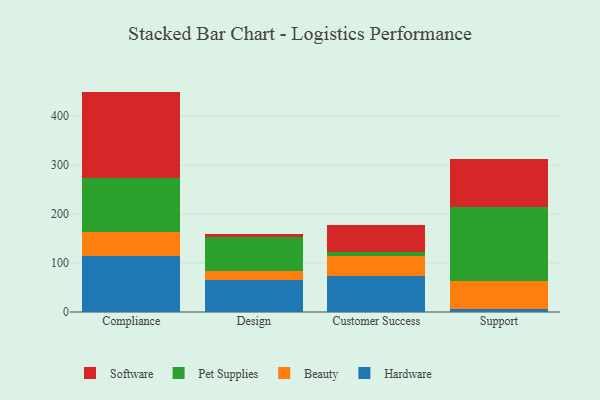
{"axis": {"x": "Department", "y": "Page Views"}, "legend": ["Beauty", "Hardware", "Pet Supplies", "Software"], "data": [{"x": "Compliance", "y": 114.6, "type": "Hardware"}, {"x": "Compliance", "y": 48.9, "type": "Beauty"}, {"x": "Compliance", "y": 110.8, "type": "Pet Supplies"}, {"x": "Compliance", "y": 175.4, "type": "Software"}, {"x": "Design", "y": 66.3, "type": "Hardware"}, {"x": "Design", "y": 16.6, "type": "Beauty"}, {"x": "Design", "y": 70.3, "type": "Pet Supplies"}, {"x": "Design", "y": 6.6, "type": "Software"}, {"x": "Customer Success", "y": 72.8, "type": "Hardware"}, {"x": "Customer Success", "y": 41.3, "type": "Beauty"}, {"x": "Customer Success", "y": 8.0, "type": "Pet Supplies"}, {"x": "Customer Success", "y": 55.9, "type": "Software"}, {"x": "Support", "y": 7.1, "type": "Hardware"}, {"x": "Support", "y": 55.7, "type": "Beauty"}, {"x": "Support", "y": 150.6, "type": "Pet Supplies"}, {"x": "Support", "y": 99.2, "type": "Software"}]}